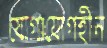
যোগাযোগহীন